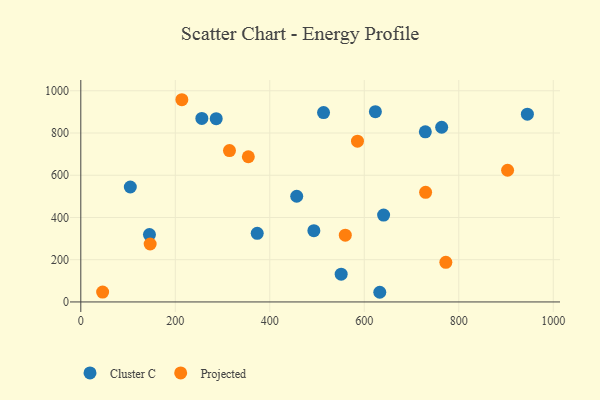
{"axis": {"x": "Experience", "y": "Salary"}, "legend": ["Cluster C", "Projected"], "data": [{"x": "640.9", "y": 411.3, "type": "Cluster C"}, {"x": "286.6", "y": 868.0, "type": "Cluster C"}, {"x": "104.8", "y": 544.4, "type": "Cluster C"}, {"x": "729.2", "y": 805.6, "type": "Cluster C"}, {"x": "457.0", "y": 500.4, "type": "Cluster C"}, {"x": "945.2", "y": 889.3, "type": "Cluster C"}, {"x": "373.4", "y": 325.0, "type": "Cluster C"}, {"x": "256.2", "y": 868.9, "type": "Cluster C"}, {"x": "493.3", "y": 337.5, "type": "Cluster C"}, {"x": "763.8", "y": 827.3, "type": "Cluster C"}, {"x": "551.1", "y": 131.3, "type": "Cluster C"}, {"x": "623.5", "y": 900.8, "type": "Cluster C"}, {"x": "145.3", "y": 319.2, "type": "Cluster C"}, {"x": "513.8", "y": 896.7, "type": "Cluster C"}, {"x": "632.8", "y": 45.8, "type": "Cluster C"}, {"x": "46.2", "y": 46.8, "type": "Projected"}, {"x": "559.8", "y": 316.2, "type": "Projected"}, {"x": "772.6", "y": 187.5, "type": "Projected"}, {"x": "729.8", "y": 519.2, "type": "Projected"}, {"x": "354.6", "y": 687.5, "type": "Projected"}, {"x": "146.8", "y": 274.4, "type": "Projected"}, {"x": "903.3", "y": 623.7, "type": "Projected"}, {"x": "213.9", "y": 957.6, "type": "Projected"}, {"x": "585.6", "y": 761.5, "type": "Projected"}, {"x": "314.7", "y": 716.9, "type": "Projected"}]}